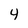
Character: 4